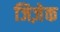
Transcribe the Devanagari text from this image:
जिज़ेक